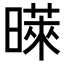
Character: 𪱉